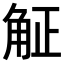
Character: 𧣠